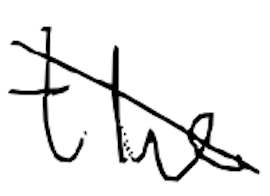
Text: the
Cross-out: diagonal
Writing tool: digital_black